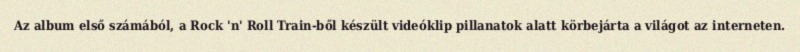
Az album első számából, a Rock 'n' Roll Train-ből készült videóklip pillanatok alatt körbejárta a világot az interneten.